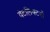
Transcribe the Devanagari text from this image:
वेटलिफ्टरों